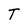
Character: T